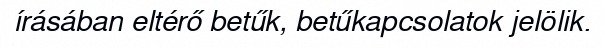
írásában eltérő betűk, betűkapcsolatok jelölik.